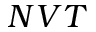
N V T